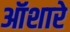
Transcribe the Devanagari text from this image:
ऑशारे